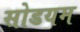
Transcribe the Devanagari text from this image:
सोडयम